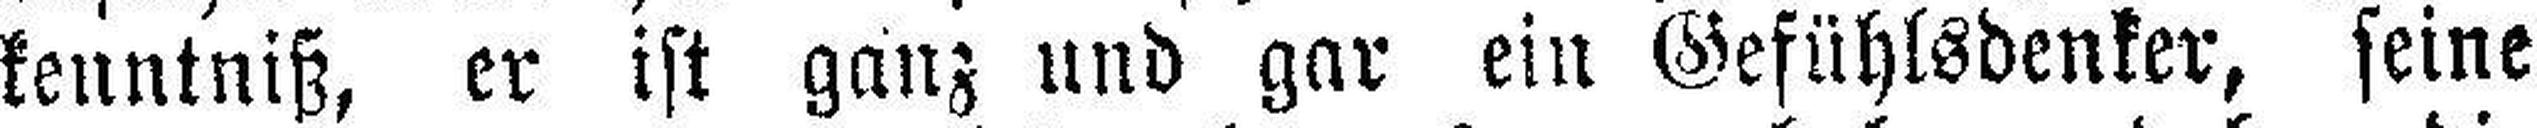
kenntniß, er ist ganz und gar ein Gefühlsdenker, seine